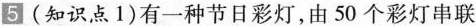
5 (知识点1)有一种节日彩灯，由50个彩灯串联